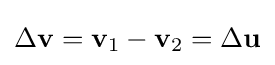
\Delta \mathbf {v} =\mathbf {v} _{1}-\mathbf {v} _{2}=\Delta \mathbf {u}